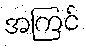
အကြင်